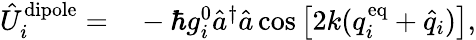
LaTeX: \begin{array}{rl}{\hat{U}_{i}^{\mathrm{dipole}}=}&{{}-\hbar g_{i}^{0}\hat{a}^{\dagger}\hat{a}\cos\left[2k(q_{i}^{\mathrm{eq}}+\hat{q}_{i})\right],}\end{array}